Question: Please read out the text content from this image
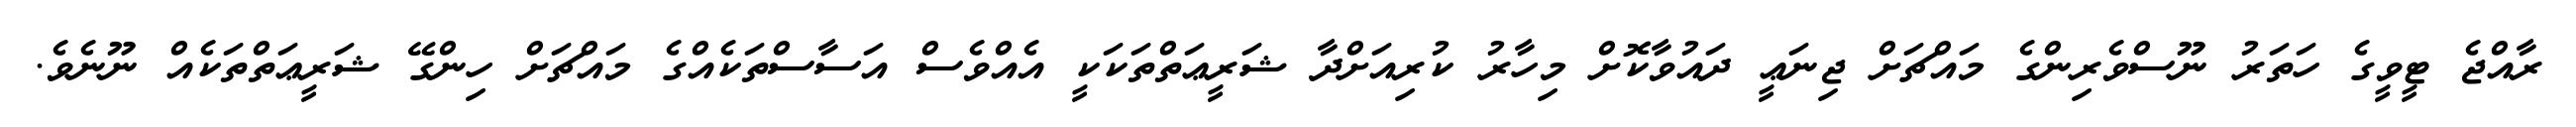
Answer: ރާއްޖެ ޓީވީގެ ހަތަރު ނޫސްވެރިންގެ މައްޗަށް ޖިނަޢީ ދައުވާކޮށް މިހާރު ކުރިއަށްދާ ޝަރީޢަތްތަކަކީ އެއްވެސް އަސާސްތަކެއްގެ މައްޗަށް ހިންގޭ ޝަރީޢަތްތަކެއް ނޫނެވެ.